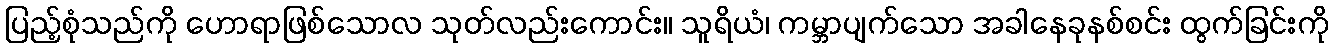
ပြည့်စုံသည်ကို ဟောရာဖြစ်သောလ သုတ်လည်းကောင်း။ သူရိယံ၊ ကမ္ဘာပျက်သော အခါနေခုနစ်စင်း ထွက်ခြင်းကို